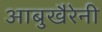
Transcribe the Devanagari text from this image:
आबुखैरेनी